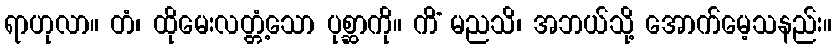
ရာဟုလာ။ တံ၊ ထိုမေးလတ္တံ့သော ပုစ္ဆာကို။ ကိံ မညသိ၊ အဘယ်သို့ အောက်မေ့သနည်း။